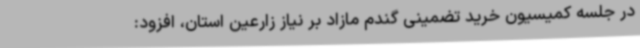
در جلسه کمیسیون خرید تضمینی گندم مازاد بر نیاز زارعین استان، افزود: